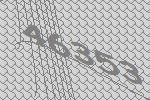
46353